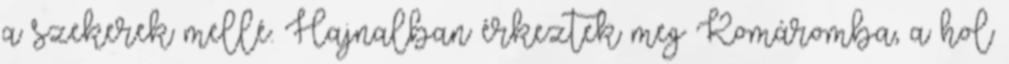
a szekerek mellé. Hajnalban érkeztek meg Komáromba, a hol